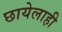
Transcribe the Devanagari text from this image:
छायेलाही